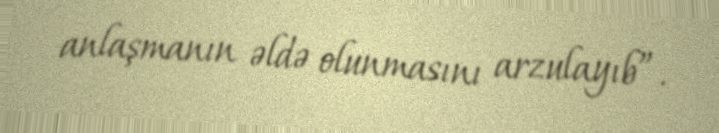
anlaşmanın əldə olunmasını arzulayıb”.